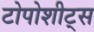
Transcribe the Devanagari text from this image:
टोपोशीट्स